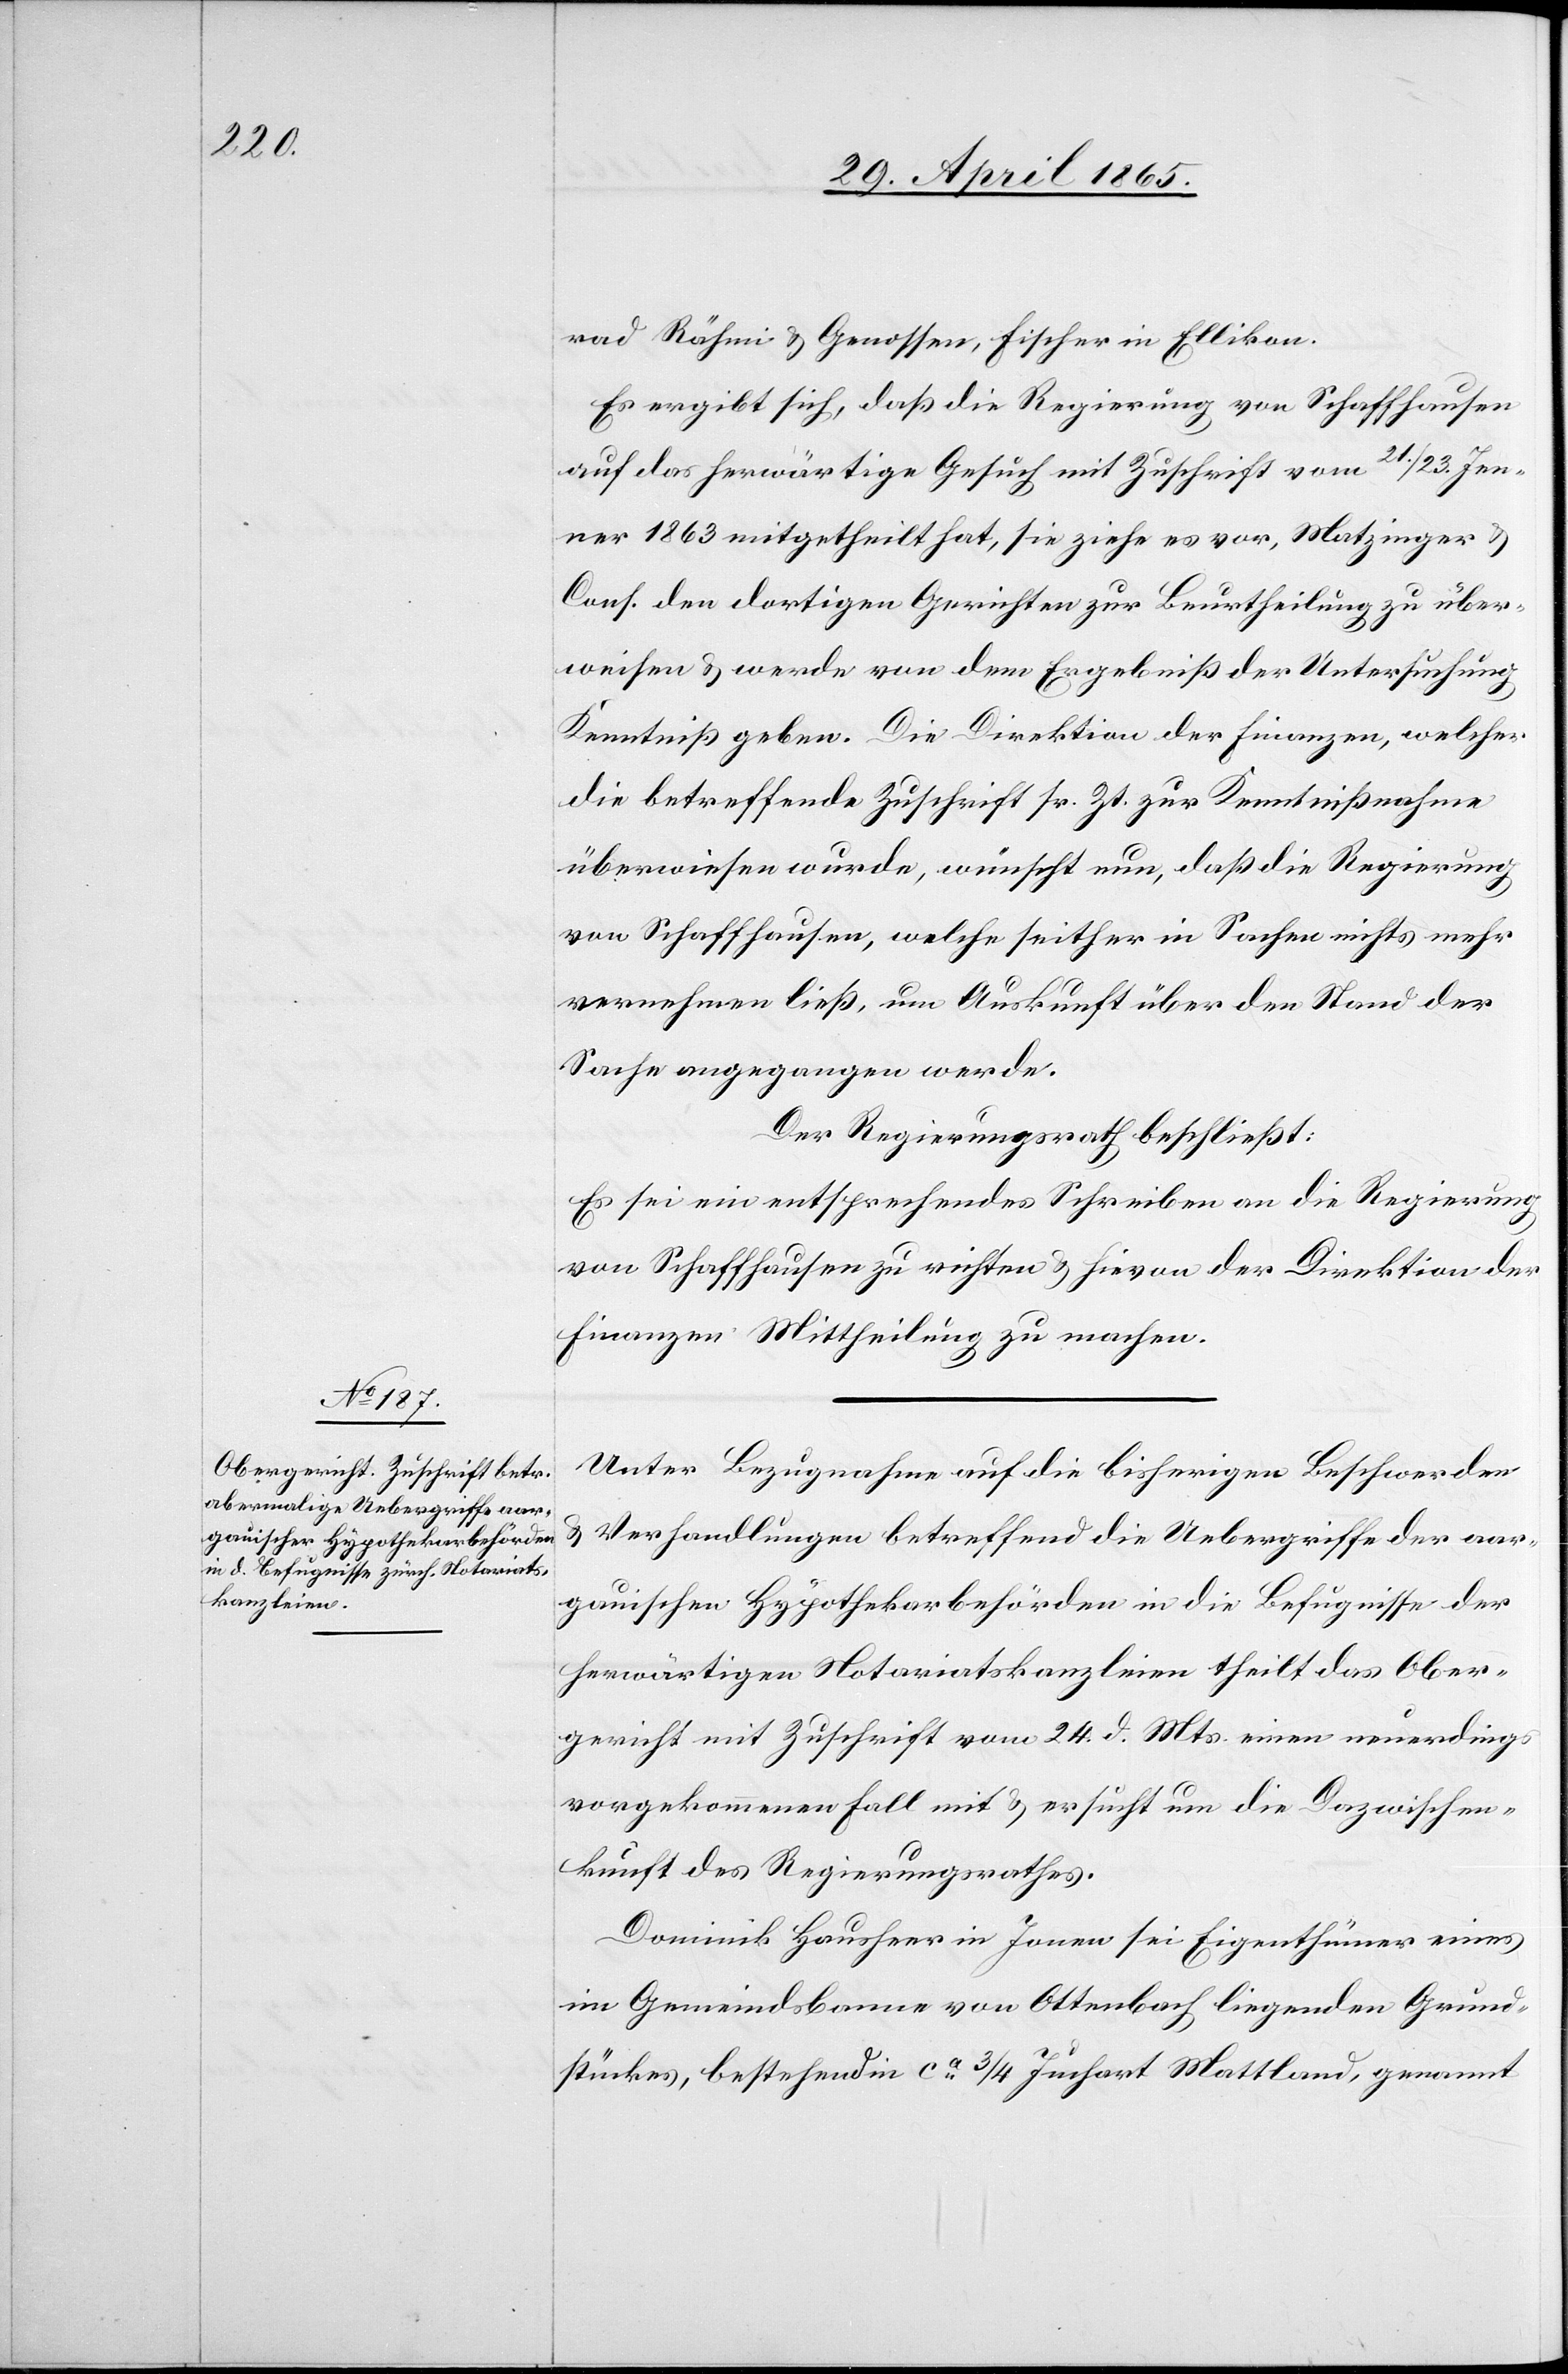
rad Rähmi & Genossen, Fischer in Ellikon.
Es ergibt sich, daß die Regierung von Schaffhausen
auf das herwärtige Gesuch mit Zuschrift vom 21./23. Jen¬
ner 1863 mitgetheilt hat, sie ziehe es vor, Matzinger &
Cons. den dortigen Gerichten zur Beurtheilung zu über¬
weisen & werde von dem Ergebniß der Untersuchung
Kenntniß geben. Die Direktion der Finanzen, welcher
die betreffende Zuschrift sr. Zt. zur Kenntnißnahme
überwiesen wurde, wünscht nun, daß die Regierung
von Schaffhausen, welche seither in Sachen nichts mehr
vernehmen ließ, um Auskunft über den Stand der
Sache angegangen werde.
Der Regierungsrath beschließt:
Es sei ein entsprechendes Schreiben an die Regierung
von Schaffhausen zu richten & hievon der Direktion der
Finanzen Mittheilung zu machen.
Unter Bezugnahme auf die bisherigen Beschwerden
& Verhandlungen betreffend die Uebergriffe der aar¬
gauischen Hypothekarbehörden in die Befugnisse der
herwärtigen Notariatskanzleien theilt das Ober¬
gericht mit Zuschrift vom 24. d. Mts. einen neuerdings
vorgekommenen Fall mit & ersucht um die Dazwischen¬
kunft des Regierungsrathes.
Dominik Hausheer in Jonen sei Eigenthümer eines
im Gemeindsbanne von Ottenbach liegenden Grund¬
stückes, bestehend in ca ¾ Juchart Mattland, genannt